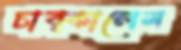
চাব্‌কালেম